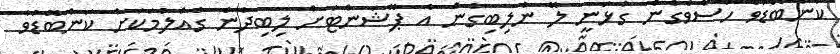
ކަންބޮޑުވެ ހާސްވެގެން ގުޅަނީ ލޭ ނުލިބިގެން އެ ޕޭޝަންޓަށް ލިބިދާނެ ގެއްލުމަކަށް ކަންބޮޑުވާ